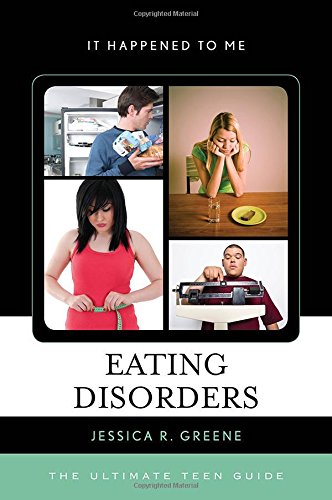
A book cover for Eating Disorders: The Ultimate Teen Guide (It Happened to Me); Jessica R. Greene; Health, Fitness & Dieting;